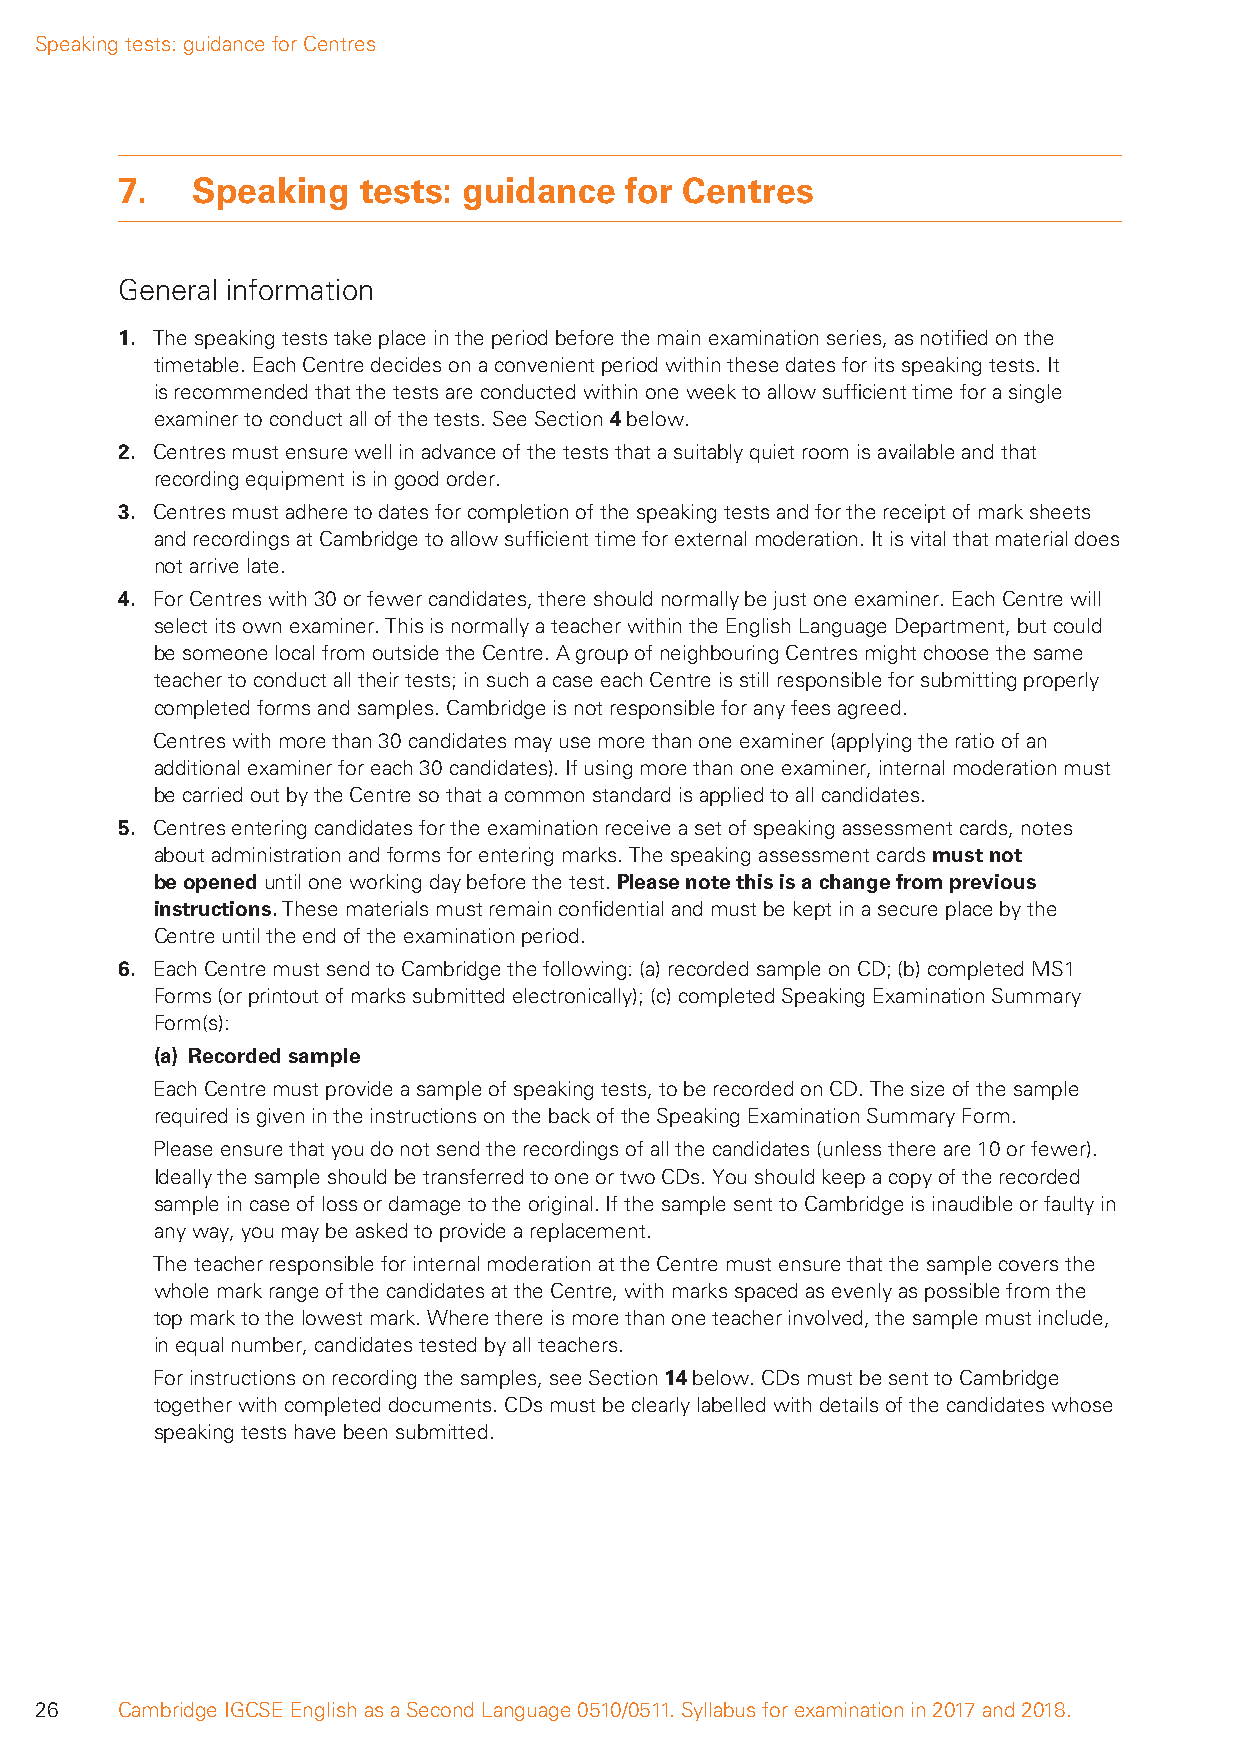
Speaking tests: guidance for Centres
 7.   Speaking   tests: guidance  for Centres
 General information
 1. The speaking tests take place in the period before the main examination series, as notifi ed on the
 timetable. Each Centre decides on a convenient period within these dates for its speaking tests. It
 is recommended that the tests are conducted within one week to allow suffi cient time for a single
 examiner to conduct all of the tests. See Section 4 below.
 2. Centres must ensure well in advance of the tests that a suitably quiet room is available and that
 recording equipment is in good order.
 3. Centres must adhere to dates for completion of the speaking tests and for the receipt of mark sheets
 and recordings at Cambridge to allow suffi cient time for external moderation. It is vital that material does
 not arrive late.
 4. For Centres with 30 or fewer candidates, there should normally be just one examiner. Each Centre will
 select its own examiner. This is normally a teacher within the English Language Department, but could
 be someone local from outside the Centre. A group of neighbouring Centres might choose the same
 teacher to conduct all their tests; in such a case each Centre is still responsible for submitting properly
 completed forms and samples. Cambridge is not responsible for any fees agreed.
 Centres with more than 30 candidates may use more than one examiner (applying the ratio of an
 additional examiner for each 30 candidates). If using more than one examiner, internal moderation must
 be carried out by the Centre so that a common standard is applied to all candidates.
 5. Centres entering candidates for the examination receive a set of speaking assessment cards, notes
 about administration and forms for entering marks. The speaking assessment cards must not
 be opened until one working day before the test. Please note this is a change from previous
 instructions. These materials must remain confi dential and must be kept in a secure place by the
 Centre until the end of the examination period.
 6. Each Centre must send to Cambridge the following: (a) recorded sample on CD; (b) completed MS1
 Forms (or printout of marks submitted electronically); (c) completed Speaking Examination Summary
 Form(s):
 (a) Recorded sample
 Each Centre must provide a sample of speaking tests, to be recorded on CD. The size of the sample
 required is given in the instructions on the back of the Speaking Examination Summary Form.
 Please ensure that you do not send the recordings of all the candidates (unless there are 10 or fewer).
 Ideally the sample should be transferred to one or two CDs. You should keep a copy of the recorded
 sample in case of loss or damage to the original. If the sample sent to Cambridge is inaudible or faulty in
 any way, you may be asked to provide a replacement.
 The teacher responsible for internal moderation at the Centre must ensure that the sample covers the
 whole mark range of the candidates at the Centre, with marks spaced as evenly as possible from the
 top mark to the lowest mark. Where there is more than one teacher involved, the sample must include,
 in equal number, candidates tested by all teachers.
 For instructions on recording the samples, see Section 14 below. CDs must be sent to Cambridge
 together with completed documents. CDs must be clearly labelled with details of the candidates whose
 speaking tests have been submitted.
 26    Cambridge IGCSE English as a Second Language 0510/0511. Syllabus for examination in 2017 and 2018.